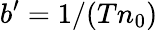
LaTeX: b^{\prime}=1/(Tn_{0})